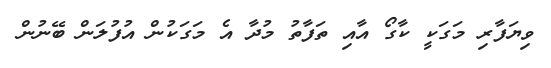
ވިޔަފާރި މަގަކީ ކާގޯ އާއި ތަފާތު މުދާ އެ މަގަކުން އުފުލަން ބޭނުން